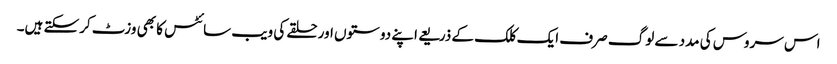
اس سروس کی مدد سے لوگ صرف ایک کلک کے ذریعے اپنے دوستوں اور حلقے کی ویب سائٹس کا بھی وزٹ کرسکتے ہیں۔